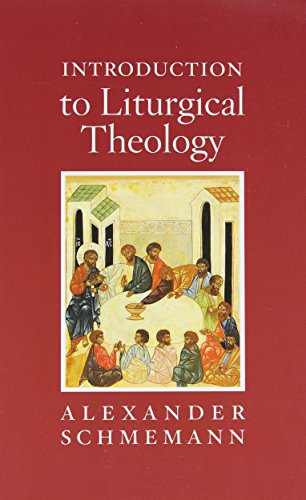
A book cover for Introduction to Liturgical Theology; Alexander Schmemann; Christian Books & Bibles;